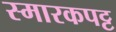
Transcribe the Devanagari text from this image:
स्मारकपट्ट